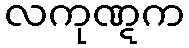
လကုဏ္ဋက